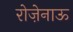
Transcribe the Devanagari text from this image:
रोज़ेनाऊ